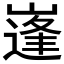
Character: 𱜉